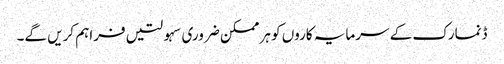
ڈنمارک کے سرمایہ کاروں کو ہر ممکن ضروری سہولتیں فراہم کریں گے۔